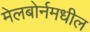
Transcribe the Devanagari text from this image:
मेलबोर्नमधील